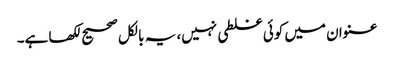
عنوان میں کوئی غلطی نہیں، یہ بالکل صحیح لکھا ہے۔